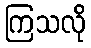
ကြသလို